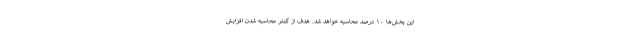
این بخش‌ها ۱۰ درصد محاسبه خواهد شد. هدف از کمتر محاسبه شدن افزایش